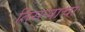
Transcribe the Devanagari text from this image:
तिसर्‍याचा